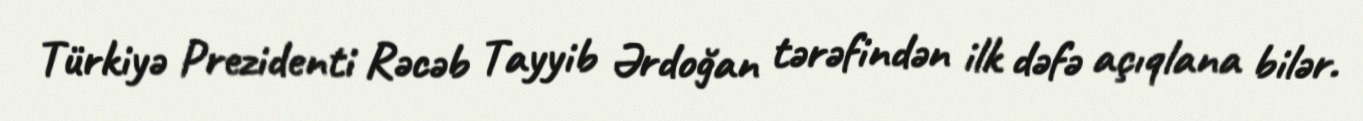
Türkiyə Prezidenti Rəcəb Tayyib Ərdoğan tərəfindən ilk dəfə açıqlana bilər.